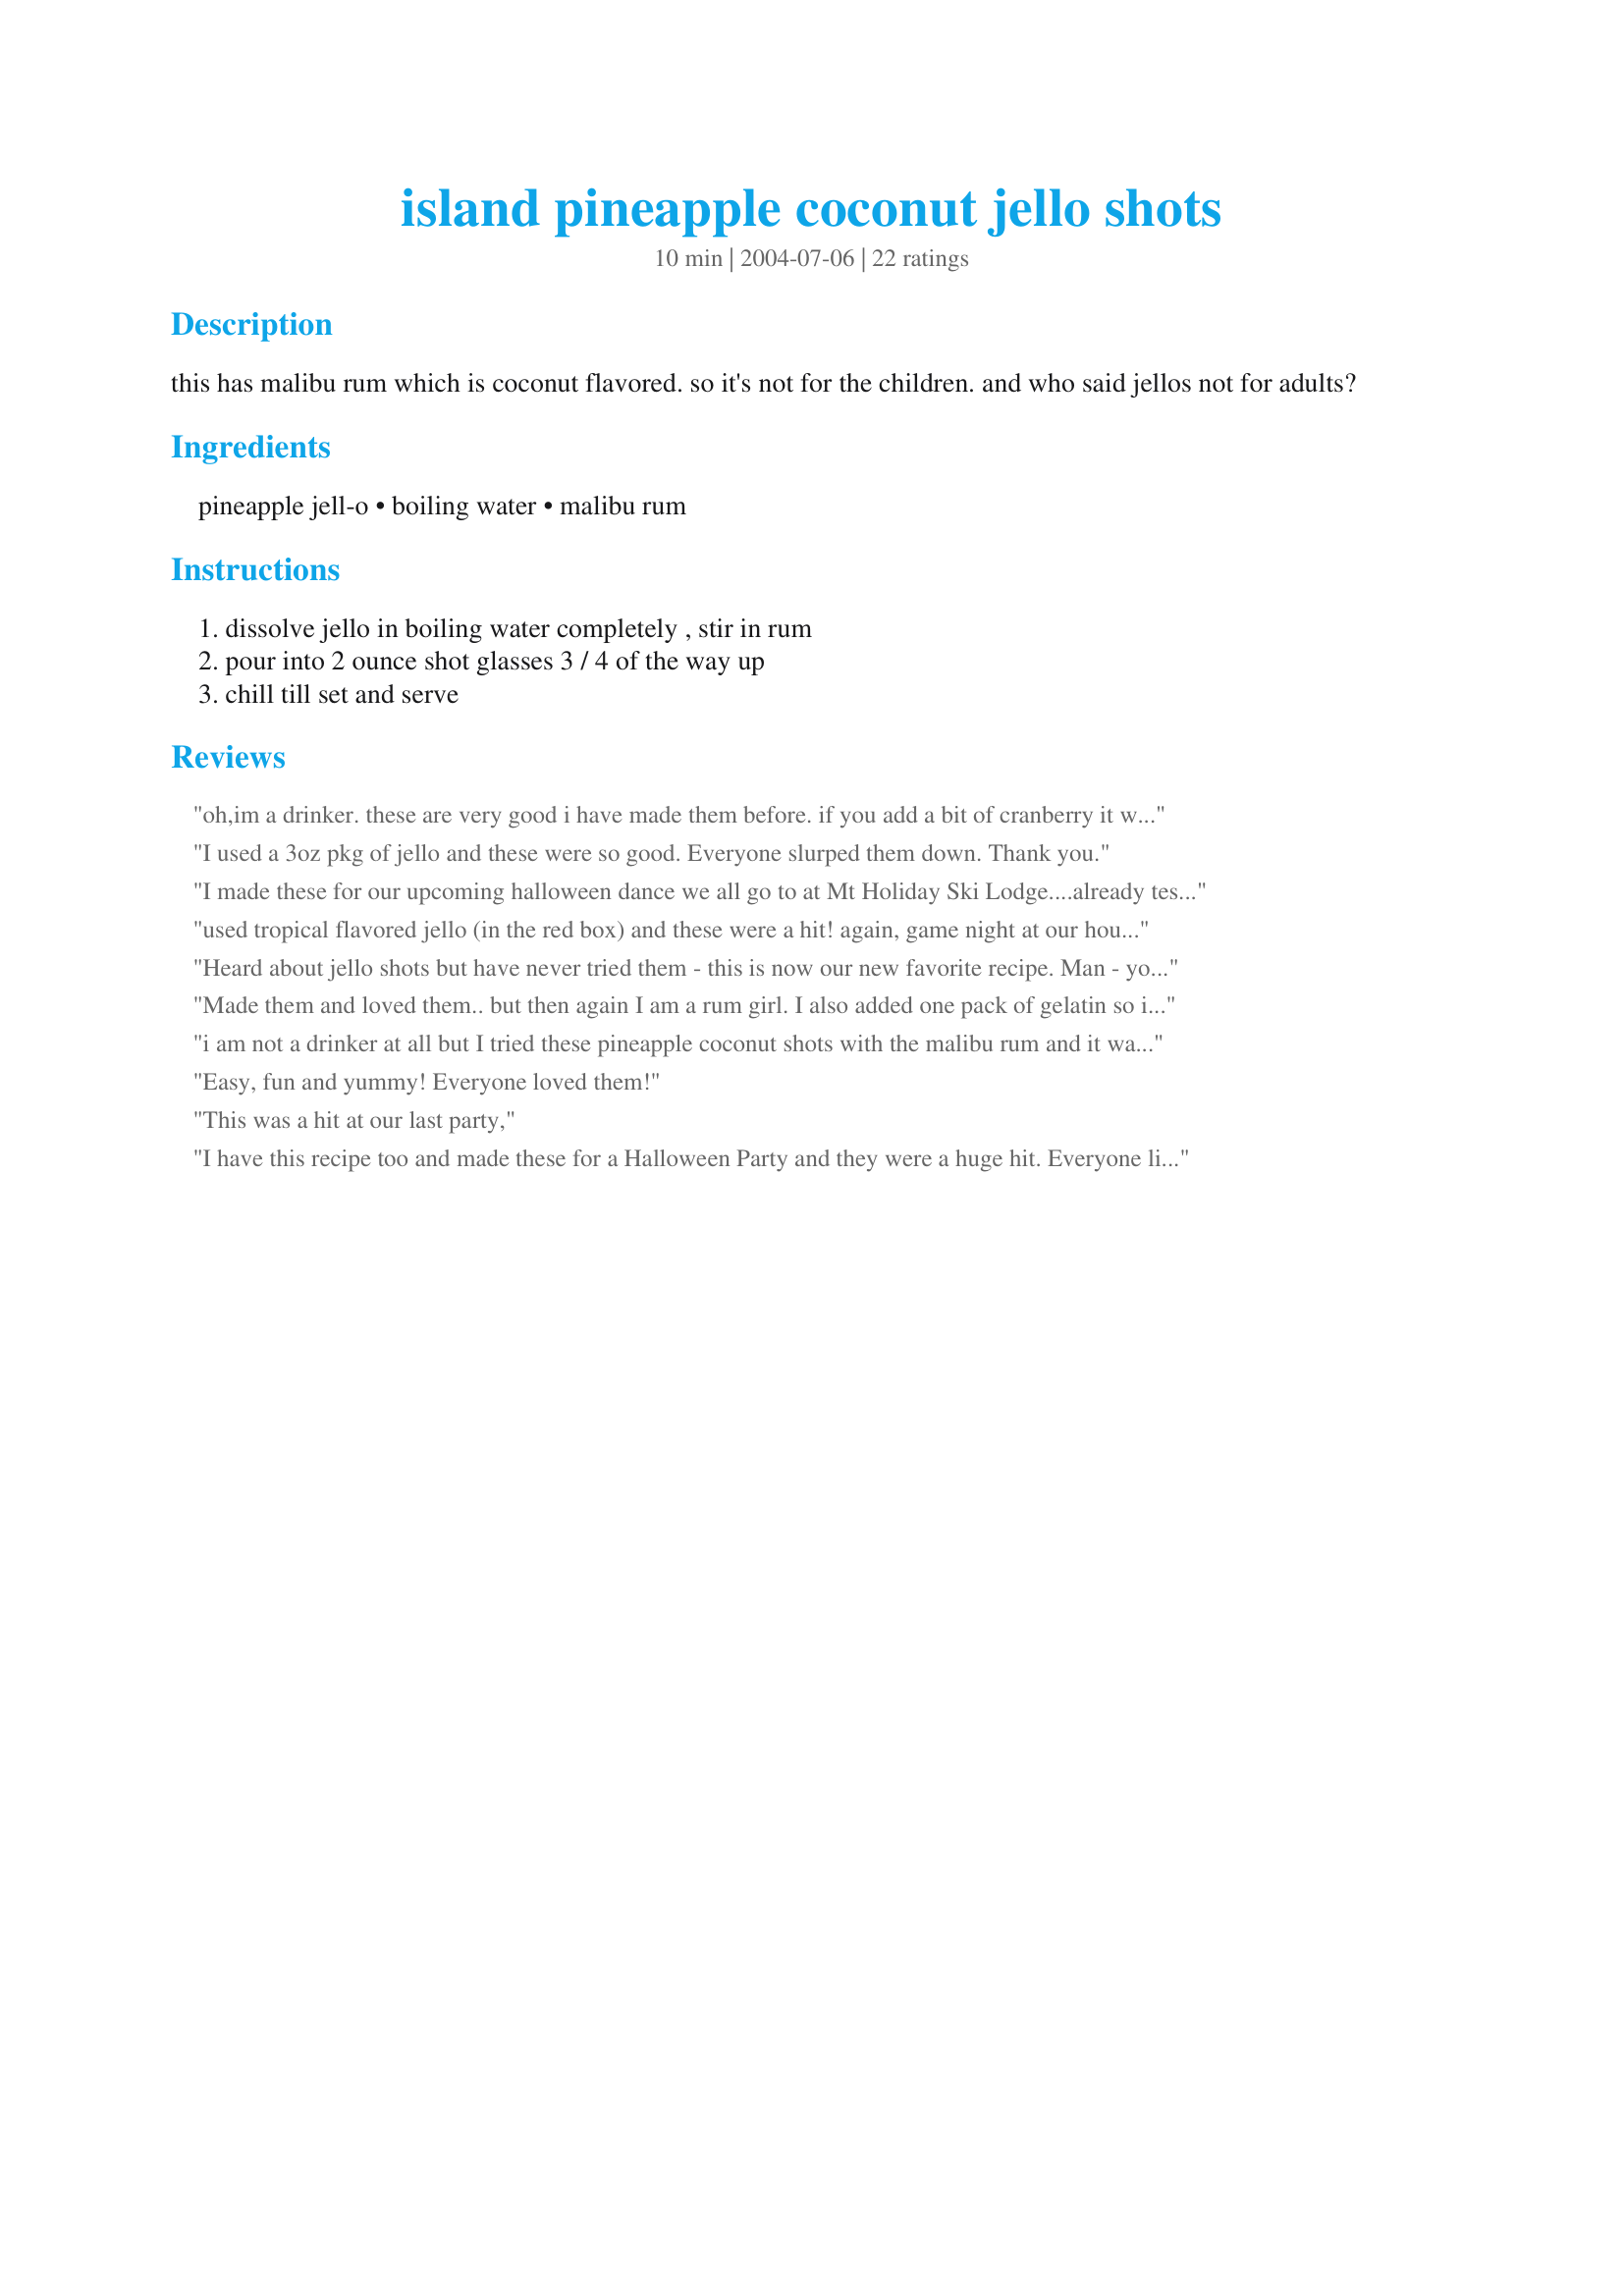
island pineapple coconut jello shots
Preparation time: 10 minutes

this has malibu rum which is coconut flavored. so it's not for the children. and who said jellos not for adults?

Ingredients:
pineapple jell-o, boiling water, malibu rum

Steps:
dissolve jello in boiling water completely , stir in rum, pour into 2 ounce shot glasses 3 / 4 of the way up, chill till set and serve

Reviews:
oh,im a drinker. these are very good i have made them before. if you add a bit of cranberry it would be a malibu bay breeze shot.. its a bit time consuming but i layer the pineapple jello w/ cranberry jello (or straw when im out).. then again with pineapple jello.. i make these 6 trays at a time so making new batches of jello to do layers is easy or me. they look creative.. and damn good!
I used a 3oz pkg of jello and these were so good. Everyone slurped them down. Thank you.
I made these for our upcoming halloween dance we all go to at Mt Holiday Ski Lodge....already tested one, fabulous....
used tropical flavored jello (in the red box) and these were a hit! again, game night at our house has become a nigt for sampling new receipes of shots:) these have become a staple.
Heard about jello shots but have never tried them - this is now our new favorite recipe. Man - you can not go wrong with theses - so good.
Made them and loved them.. but then again I am a rum girl. I also added one pack of gelatin so it would have a firmer set since we were eating these as finger jello. I didn't have fancy little cups to pour into.
i am not a drinker at all but I tried these pineapple coconut shots with the malibu rum and it was great so I tried another one and another one. I gave them the highest stars. DEBRA
Easy, fun and yummy! Everyone loved them!
This was a hit at our last party,
I have this recipe too and made these for a Halloween Party and they were a huge hit. Everyone liked these best. I use sour gummy worms for decoration!
This recipe is so delicious! It is absoluteley the best!! I made it for SuperBowl Sunday and it was a hit!! All my guests loved it! I was fortunate enough to find the last box of Island Pineapple Jell-O at the grocery store!! Thanx so much 4the recipe!
I made this for a get together recently and this is by far the best combo I've made ever! I never would have thought of this on my own... thanks!! :)
These shots are BANGIN! I had them at Ritas on July 4th and I\'m hoping to get invited back real soon! I have this great idea...combind several of these Jello shots along with several of Ritas other Jello shots (Raspberry and Strawberry/bananna/rum) for a Jello shot fruit salad! Woo Hoo! There\'s always room for JELLO!
These were yummy.I'm not much of a drinker, so I usually opt for foo foo, these were very good. Thanx
These were fantastic. I also added the Cranberry juice to make the Bay Breeze shot. It was the hit of the New Year Party.
wow, made me feel like I was back on the cruise ship!!! Is this what Bill Cosby meant??? Always room for rum!!! Makes regular pina coladas extinct.
yummy! I couldn't find pineapple jello at Publix, so I used a 3 oz package of a pineapple, cherry, orange blend. I kept the other amounts the same & poured them into foil mini muffin cups. The mixture filled about 22 mini muffin cups 3/4 of the way up. So the only con: I don't think it could actually serve 12!
These were great! I took these to a tailgate party and they disappeared fast. The Malibu with the pineapple flavor was perfect. I plan to make these again for sure.
Loved the flavor! For some reason, mine never completely set. Any suggestions? Everyone asked for the recipe. Thanks for a great one!
I just have to say....these are the best jell-o shots. Everytime we have a girls night out, they all ask for me to make these. There are never any leftovers. Thanks for the awesome recipe!!!
First time I ever made jello shots and it was so easy!! I could not find pineapple jello for the life of me, but I did find a tropical jello with pineapple, cherry and orange. I used this with the Malibu, and everyone was asking for more!! They were so good!
Found the island pineapple on Amazon.
